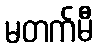
မတက်မီ